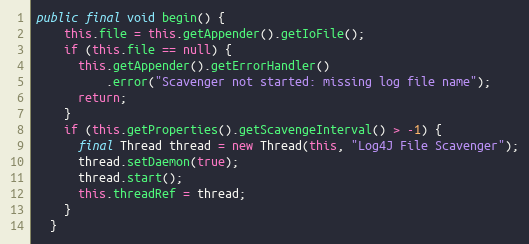
Language: Java
public final void begin() {
    this.file = this.getAppender().getIoFile();
    if (this.file == null) {
      this.getAppender().getErrorHandler()
          .error("Scavenger not started: missing log file name");
      return;
    }
    if (this.getProperties().getScavengeInterval() > -1) {
      final Thread thread = new Thread(this, "Log4J File Scavenger");
      thread.setDaemon(true);
      thread.start();
      this.threadRef = thread;
    }
  }